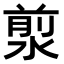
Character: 𣹅